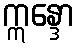
ဣန္ဒော